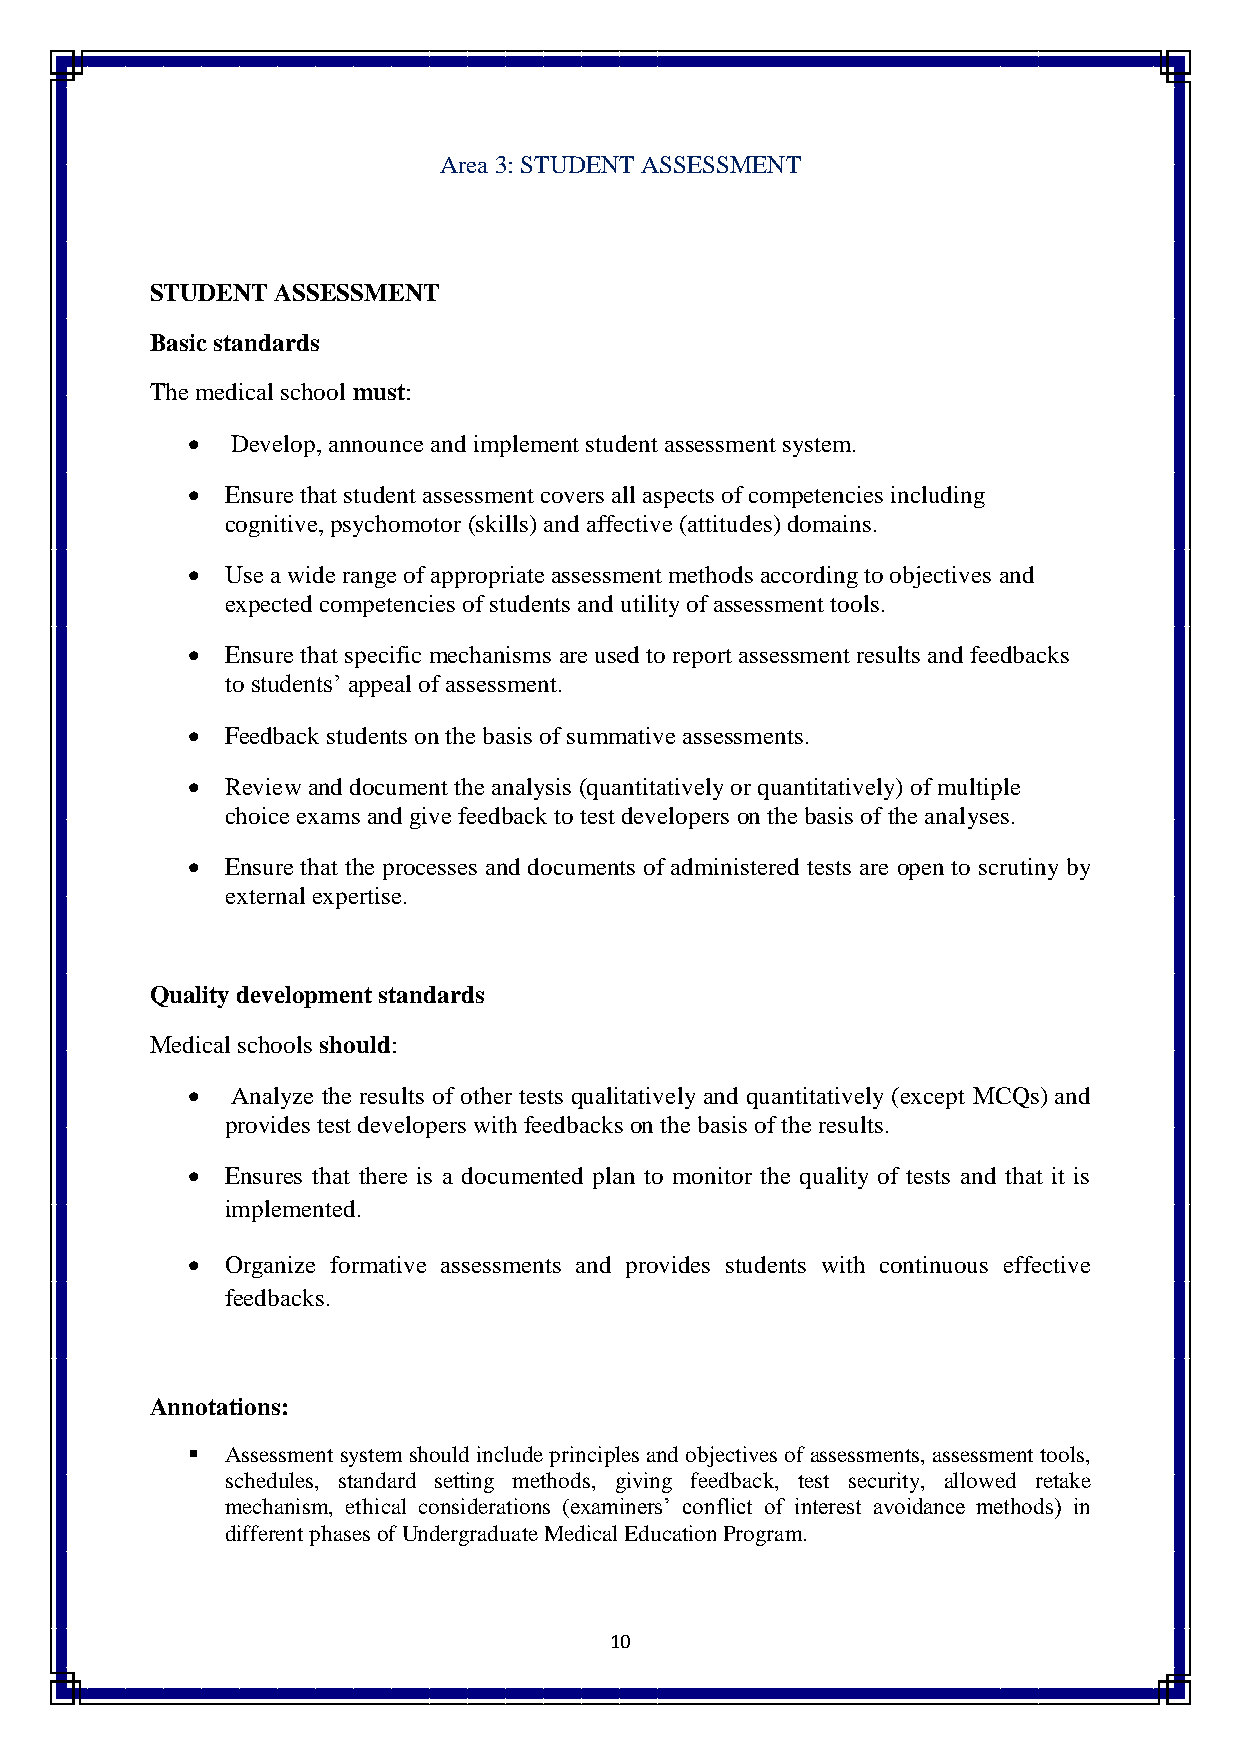
Area 3: STUDENT ASSESSMENT
 STUDENT ASSESSMENT
 Basic standards
 The medical school must:
   Develop, announce and implement student assessment system.
   Ensure that student assessment covers all aspects of competencies including
 cognitive, psychomotor (skills) and affective (attitudes) domains.
   Use a wide range of appropriate assessment methods according to objectives and
 expected competencies of students and utility of assessment tools.
   Ensure that specific mechanisms are used to report assessment results and feedbacks
 to students’ appeal of assessment.
   Feedback students on the basis of summative assessments.
   Review and document the analysis (quantitatively or quantitatively) of multiple
 choice exams and give feedback to test developers on the basis of the analyses.
   Ensure that the processes and documents of administered tests are open to scrutiny by
 external expertise.
 Quality development standards
 Medical schools should:
   Analyze the results of other tests qualitatively and quantitatively (except MCQs) and
 provides test developers with feedbacks on the basis of the results.
   Ensures that there is a documented plan to monitor the quality of tests and that it is
 implemented.
   Organize formative assessments and provides students with continuous effective
 feedbacks.
 Annotations:
   Assessment system should include principles and objectives of assessments, assessment tools,
 schedules, standard setting methods, giving feedback, test security, allowed retake
 mechanism, ethical considerations (examiners’ conflict of interest avoidance methods) in
 different phases of Undergraduate Medical Education Program.
 10